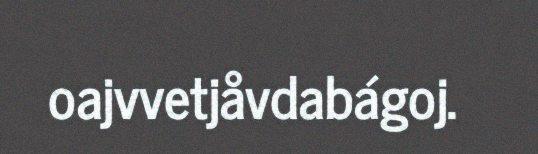
oajvvetjåvdabágoj.